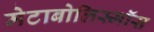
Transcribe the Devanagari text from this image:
मेटाबोलिस्मॉस